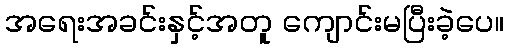
အရေးအခင်းနှင့်အတူ ကျောင်းမပြီးခဲ့ပေ။